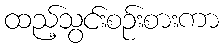
ထည့်သွင်းစဉ်းစားကာ